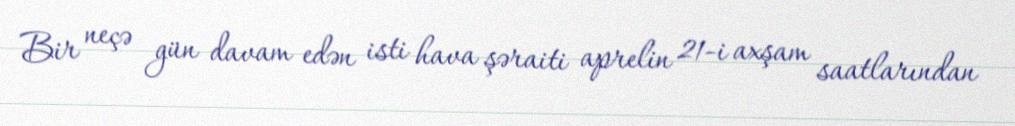
Bir neçə gün davam edən isti hava şəraiti aprelin 21-i axşam saatlarından